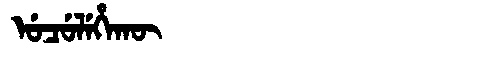
Manchu: ᡠᠴᡠᠯᡝᡥᠠᡴᡡ
Romanization: UCULEHAKŪ